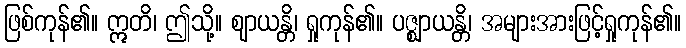
ဖြစ်ကုန်၏။ ဣတိ၊ ဤသို့။ ဈာယန္တိ၊ ရှုကုန်၏။ ပဇ္ဈာယန္တိ၊ အများအားဖြင့်ရှုကုန်၏။